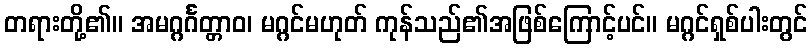
တရားတို့၏။ အမဂ္ဂင်္ဂတ္တာဝ၊ မဂ္ဂင်မဟုတ် ကုန်သည်၏အဖြစ်ကြောင့်ပင်။ မဂ္ဂင်ရှစ်ပါးတွင်